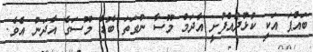
ބައްޕަ އަކީ ކުޅުދުއްފުށީ އާދަމް މޫސާ ނުވަތަ ބޮޑު މޫސަގެ އާދަނު އެވެ.